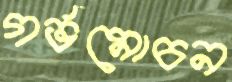
গর্ভমোচন